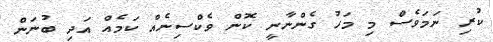
ކުރި ނަމަވެސް މި މަހު ގެންނާނީ ކޮން ވެކްސިނެއް ކަމެއް އަދި ބުނަން